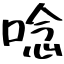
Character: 唸